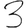
Digit: 3